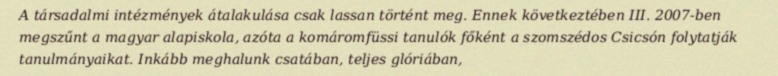
A társadalmi intézmények átalakulása csak lassan történt meg. Ennek következtében III. 2007-ben megszűnt a magyar alapiskola, azóta a komáromfüssi tanulók főként a szomszédos Csicsón folytatják tanulmányaikat. Inkább meghalunk csatában, teljes glóriában,